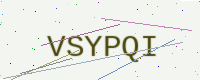
Text: VSYPQI